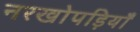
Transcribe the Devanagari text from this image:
नरखोपड़ियाँ